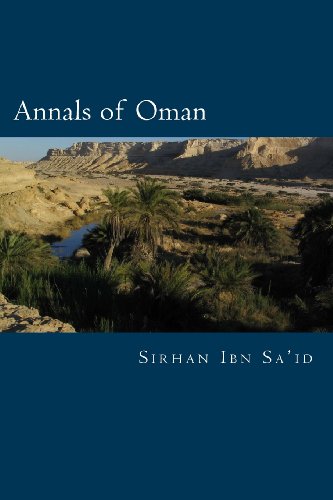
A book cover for Annals of Oman; Sirhan Ibn Sa'id; History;